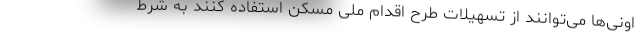
اونی‌ها می‌توانند از تسهیلات طرح اقدام ملی مسکن استفاده کنند به شرط